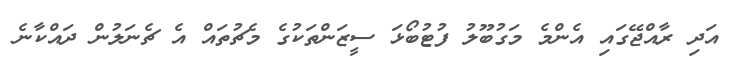
އަދި ރާއްޖޭގައި އެންމެ މަގުބޫލު ފުޓުބޯޅަ ސީޒަންތަކުގެ މެޗުތައް އެ ޗެނަލުން ދައްކާނެ